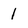
Character: 1